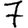
Digit: 7